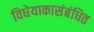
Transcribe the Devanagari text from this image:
विधेयाकासंबंधित